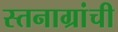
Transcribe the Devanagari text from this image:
स्तनाग्रांची